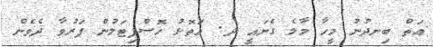
އަތް ބިނދުނު މީހާ މާލެ ގެނައީ ދ. އަތޮޅު ހޮސްޕިޓަލުން ފަރުވާ ދެވެން